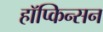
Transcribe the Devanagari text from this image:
हॉप्किन्सन